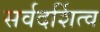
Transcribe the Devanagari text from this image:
सर्वदर्शित्व